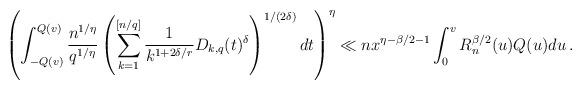
LaTeX: \begin{align*} \left ( \int_{-Q(v)}^{Q(v)} \frac{n^{1/\eta}}{q^{1/\eta}} \left ( \sum_{k=1}^{[n/q]} \frac{1}{k^{1+2\delta/r}} D_{k,q} (t)^{\delta}\right )^{1/(2\delta)} dt \right )^\eta \ll n x^{\eta-\beta/2-1} \int_0^v R_n^{\beta/2} (u) Q(u) du \, . \end{align*}